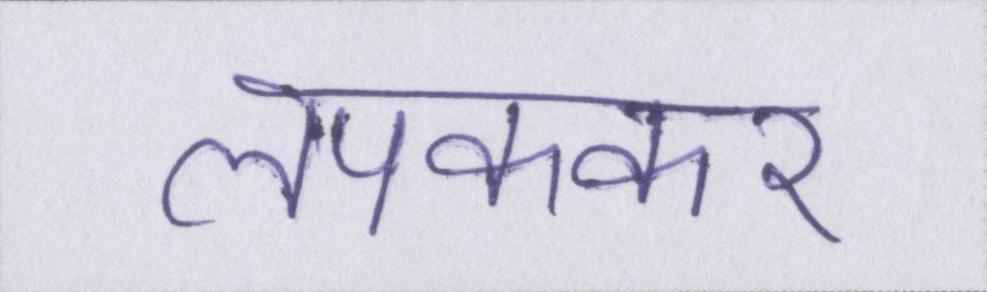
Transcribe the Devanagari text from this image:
लपककर